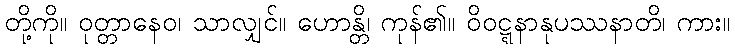
တို့ကို။ ဝုတ္တာနေဝ၊ သာလျှင်။ ဟောန္တိ၊ ကုန်၏။ ဝိဝဋ္ဋနာနုပဿနာတိ၊ ကား။